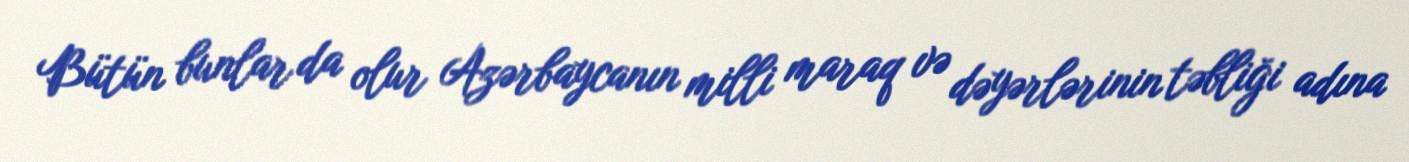
Bütün bunlar da olur Azərbaycanın milli maraq və dəyərlərinin təbliği adına